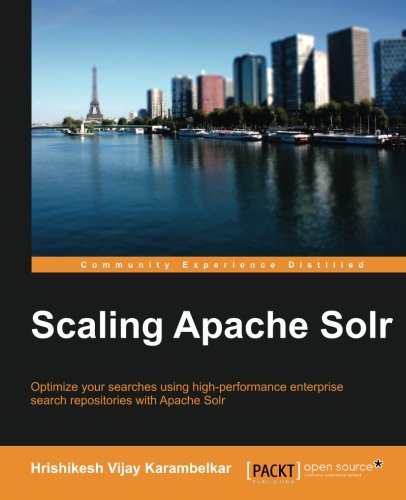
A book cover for Scaling Apache Solr; Hrishikesh Vijay Karambelkar; Computers & Technology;